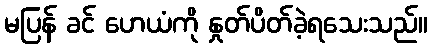
မပြန် ခင် ဟေယံကို နှုတ်ပိတ်ခဲ့ရသေးသည်။